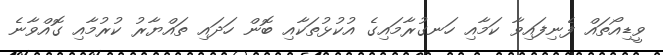
ވީޑިއޯތައް ފެނިފައިވާ ކަމާއި ހަނގުރާމައިގެ އުކުޅުތަކާއި ބޮން ހަދައި ތައްޔާރު ކުރުމާއި ގޮއްވާނެ